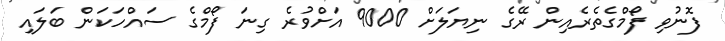
ފޮނުވި ފޯމްގެތެރެއިން ރޭގެ ނިޔަލަށް 9000 އަށްވުރެ ގިނަ ފޯމްގެ ސައްހަކަން ބަލައި